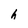
Character: h